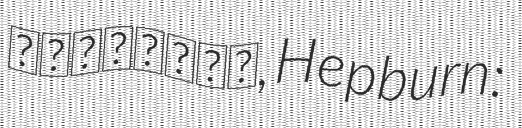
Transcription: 湾岸ミッドナイト, Hepburn: